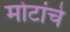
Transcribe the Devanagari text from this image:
मोटांचे